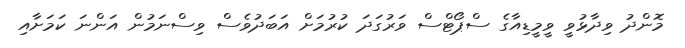
މޮންދު ވިދާޅުވީ ވީމީޑިއާގެ ސްޕޯޓްސް ވަރުގަދަ ކުރުމަށް އަބަދުވެސް ވިސްނަމުން އަންނަ ކަމަށާއި